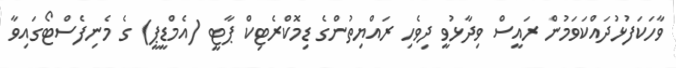
ވާހަކަފުޅުދައްކަވަމުން ރައީސް ވިދާޅުވީ ދިވެހި ރައްޔިތުންގެ ޑިމޮކްރެޓިކް ޕާޓީ (އެމްޑީޕީ) ގެ މެނިފެސްޓޯގައިވާ